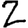
Digit: 2